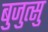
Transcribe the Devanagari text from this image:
बुजुत्सु